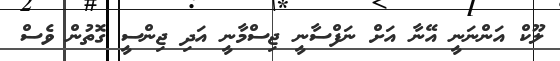
ލޫކް އަންނަނީ އޭނާ އަށް ނަފްސާނީ ޖިސްމާނީ އަދި ޖިންސީ ގޮތުން ވެސް